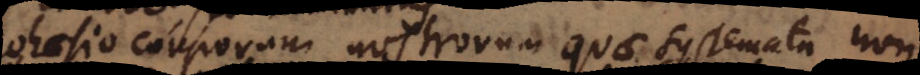
Cohaesio corporum nostrorum quae systemata non